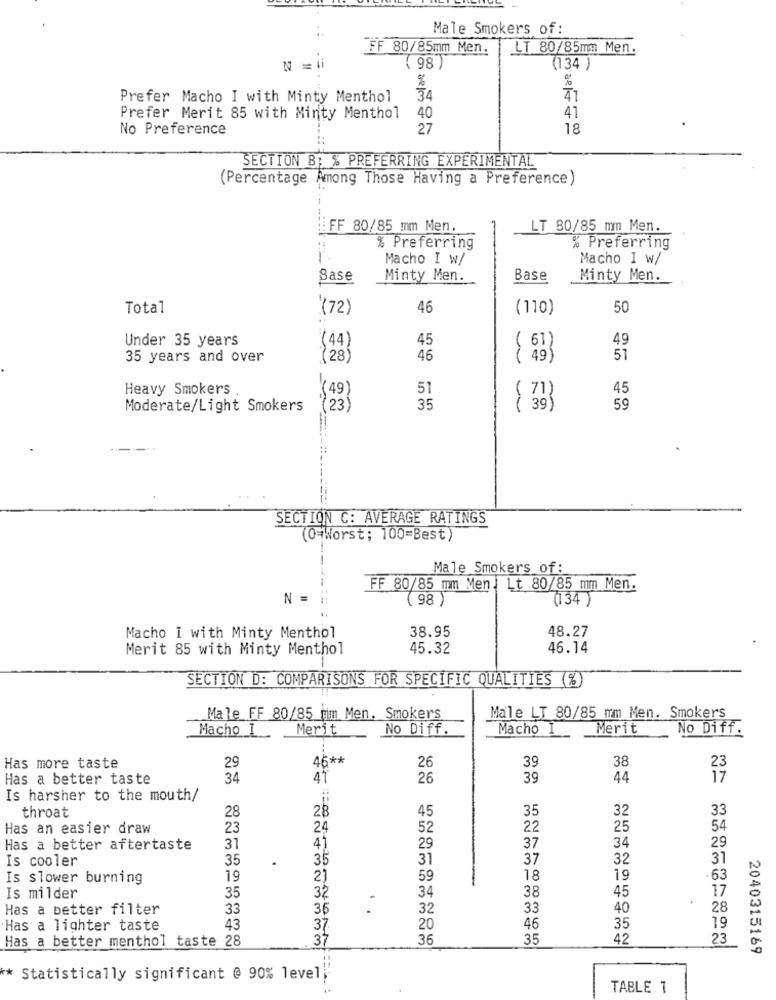
Male Smokers of:
FF 80/85mm Men.
LT 80/85mm Men.
N =li
( 98 )
(134 )
%
%
Prefer Macho I with Minty Menthol
34
47
Prefer Merit 85 with Minty Menthol
40
41
No Preference
27
18
SECTION B; % PREFERRING EXPERIMENTAL
(Percentage Among Those Having a Preference)
FF 80/85 mm Men.
LT 80/85 mm Men.
% Preferring
% Preferring
Macho I w/
Macho I w/
Base
Minty Men.
Base
Minty Men.
Total
(72)
46
(110)
50
Under 35 years
(44)
45
49
(67)
35 years and over
(28
46
51
Heavy Smokers
( 49)
51
45
Moderate/Light Smokers
(23)
35
{ 393
59
SECTION C: AVERAGE RATINGS
(0=Worst; 100=Best)
-
Male Smokers of:
FF 80/85 mm Men . Lt 80/85 mm Men.
N =
( 98 )
(134 )
38.95
48.27
Macho I with Minty Menthol
Merit 85 with Minty Menthol
45.32
46.14
SECTION D: COMPARISONS FOR SPECIFIC QUALITIES (%)
Male FF 80/85 tim Men. Smokers
Male LT 80/85 mm Men. Smokers
Macho I
Merit
No Diff.
Macho
Merit
No Diff.
46 **
38
Has more taste
29
26
39
Has a better taste
34
41
26
39
44
Is harsher to the mouth/
throat
33
28
28
45
35
32
Has an easier draw
23
24
52
22
25
54
29
Has a better aftertaste
31
4)
29
37
34
Is cooler
35
.
35
31
37
32
31
Is slower burning
19
2)
59
18
19
.63
45
17
Is milder
35
32
34
38
Has a better filter
33
35
.
32
33
40
28
Has a lighter taste
43
37
20
46
35
19
Has a better menthol taste 28
37
36
35
42
23
2040315169
** Statistically significant @ 90% level
TABLE 1